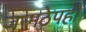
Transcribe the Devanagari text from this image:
जन्मठेपही